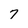
Character: 7